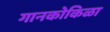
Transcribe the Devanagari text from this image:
गानकोकिळा